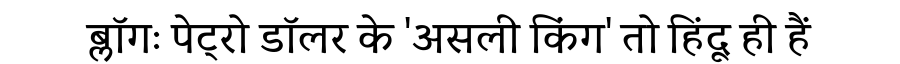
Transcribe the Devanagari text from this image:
ब्लॉगः पेट्रो डॉलर के 'असली किंग' तो हिंदू ही हैं